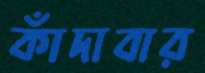
কাঁদাবার